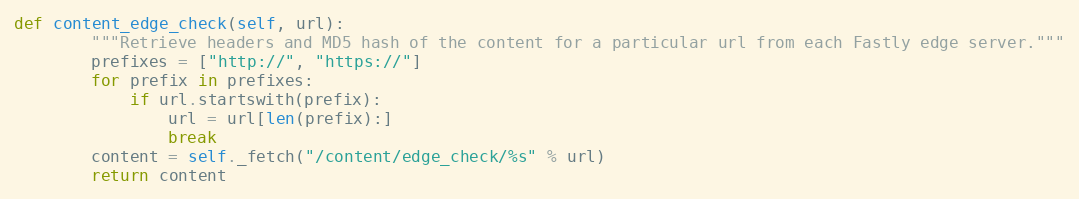
Language: Python
def content_edge_check(self, url):
		"""Retrieve headers and MD5 hash of the content for a particular url from each Fastly edge server."""
		prefixes = ["http://", "https://"]
		for prefix in prefixes:
			if url.startswith(prefix):
				url = url[len(prefix):]
				break
		content = self._fetch("/content/edge_check/%s" % url)
		return content